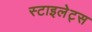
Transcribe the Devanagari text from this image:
स्टाइलेट्स